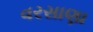
વરસાણા